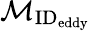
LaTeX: \mathcal{M}_{\textrm{ID}_{\textrm{eddy}}}